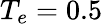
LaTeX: T_{e}=0.5